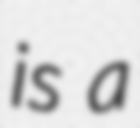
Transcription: is a